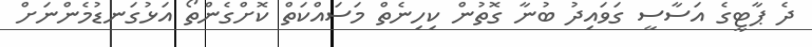
ދެ ޕާޓީގެ އަސާސީ ގަވައިދު ބުނާ ގޮތުން ކިހިނެތް މަސައްކަތް ކޮށްގެންތޯ އަޅުގަނޑުމެންނަށް